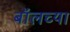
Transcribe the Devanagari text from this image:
बॉलच्या